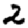
Digit: 2